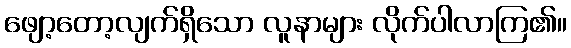
ဖျော့တော့လျက်ရှိသော လူနာများ လိုက်ပါလာကြ၏။